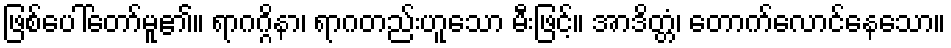
ဖြစ်ပေါ်တော်မူ၏။ ရာဂဂ္ဂိနာ၊ ရာဂတည်းဟူသော မီးဖြင့်။ အာဒိတ္တံ၊ တောက်လောင်နေသော။